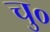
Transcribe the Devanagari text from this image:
चु०